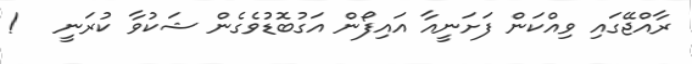
ރާއްޖޭގައި ވިއްކަން ފަށަނީއާ އައިފޯން އަގުބޮޑުވެގެން ޝަކުވާ ކުރަނީ   !